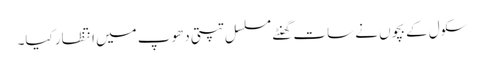
سکول کے بچوں نے سات گھنٹے مسلسل تپتی دھوپ میں انتظار کیا۔